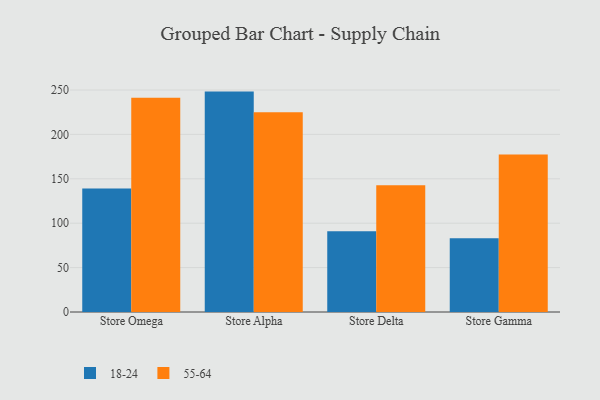
{"axis": {"x": "Store", "y": "Revenue (USD Million)"}, "legend": ["18-24", "55-64"], "data": [{"x": "Store Omega", "y": 139.0, "type": "18-24"}, {"x": "Store Omega", "y": 241.2, "type": "55-64"}, {"x": "Store Alpha", "y": 248.2, "type": "18-24"}, {"x": "Store Alpha", "y": 225.0, "type": "55-64"}, {"x": "Store Delta", "y": 91.0, "type": "18-24"}, {"x": "Store Delta", "y": 142.7, "type": "55-64"}, {"x": "Store Gamma", "y": 83.0, "type": "18-24"}, {"x": "Store Gamma", "y": 177.5, "type": "55-64"}]}